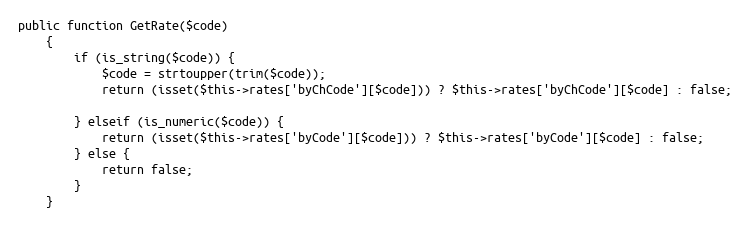
Language: PHP
public function GetRate($code)
    {
        if (is_string($code)) {
            $code = strtoupper(trim($code));
            return (isset($this->rates['byChCode'][$code])) ? $this->rates['byChCode'][$code] : false;

        } elseif (is_numeric($code)) {
            return (isset($this->rates['byCode'][$code])) ? $this->rates['byCode'][$code] : false;
        } else {
            return false;
        }
    }